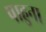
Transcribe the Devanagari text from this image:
पाहुना